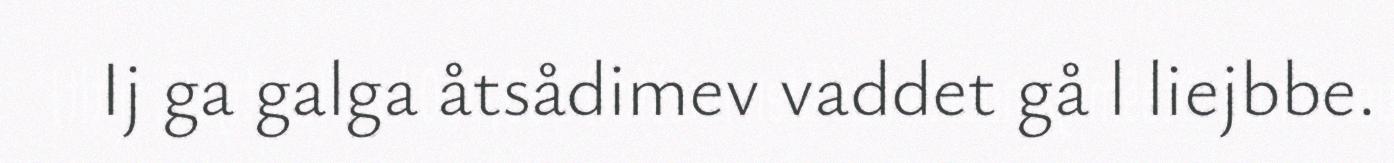
Ij ga galga åtsådimev vaddet gå l liejbbe.